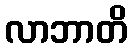
လာဘာတိ